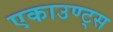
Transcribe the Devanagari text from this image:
एकाउण्‍ट्स